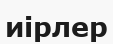
иірлер